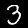
Digit: 3